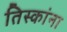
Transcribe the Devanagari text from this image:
तिस्कांना